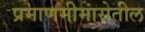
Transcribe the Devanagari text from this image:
प्रमाणमीमांसेतील